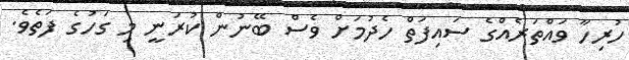
ހުރިހާ ވައްތަރެއްގެ ސައިފަތް ހެދުމަށް ވެސް ބޭނުން ކުރަނީ މި ގަހުގެ ފަތެވެ.